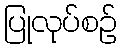
ပြုလုပ်စဉ်